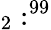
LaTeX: _2:^{99}